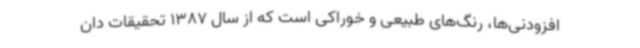
افزودنی‌ها، رنگ‌های طبیعی و خوراکی است که از سال 1387 تحقیقات دان